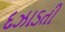
દઝાડતી